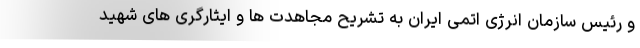
و رئیس سازمان انرژی اتمی ایران به تشریح مجاهدت ها و ایثارگری های شهید